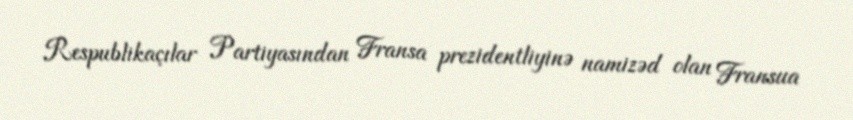
Respublikaçılar Partiyasından Fransa prezidentliyinə namizəd olan Fransua